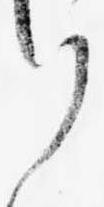
り